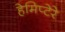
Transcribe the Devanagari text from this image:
हेमिप्टेरे